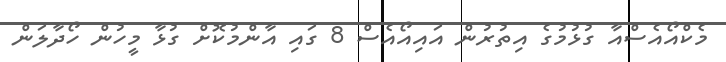
މެކްއޯއެސްއާ ގުޅުމުގެ އިތުރުން އައިއޯއެސް 8 ގައި އާންމުކޮށް ގުޅާ މީހުން ހޯދާލަން